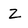
Character: z